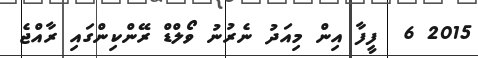
2015 6  ފީފާ އިން މިއަދު ނެރުނު ވޯލްޑް ރޭންކިންގައި ރާއްޖެ